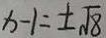
x - 1 = \pm \sqrt { 8 }